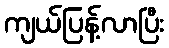
ကျယ်ပြန့်လာပြီး